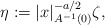
\begin{align*}\eta := |x|_{A^{-1}(0)}^{-a/2}\zeta,\end{align*}